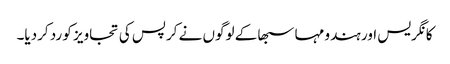
کانگریس اور ہندو مہا سبھا کے لوگوں نے کرپس کی تجاویز کو رد کردیا۔